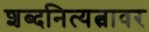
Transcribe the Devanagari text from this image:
शब्दनित्यत्वावर